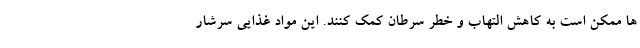
ها ممکن است به کاهش التهاب و خطر سرطان کمک کنند. این مواد غذایی سرشار